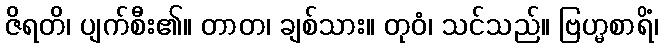
ဇိရတိ၊ ပျက်စီး၏။ တာတ၊ ချစ်သား။ တုဝံ၊ သင်သည်။ ဗြဟ္မစာရိံ၊